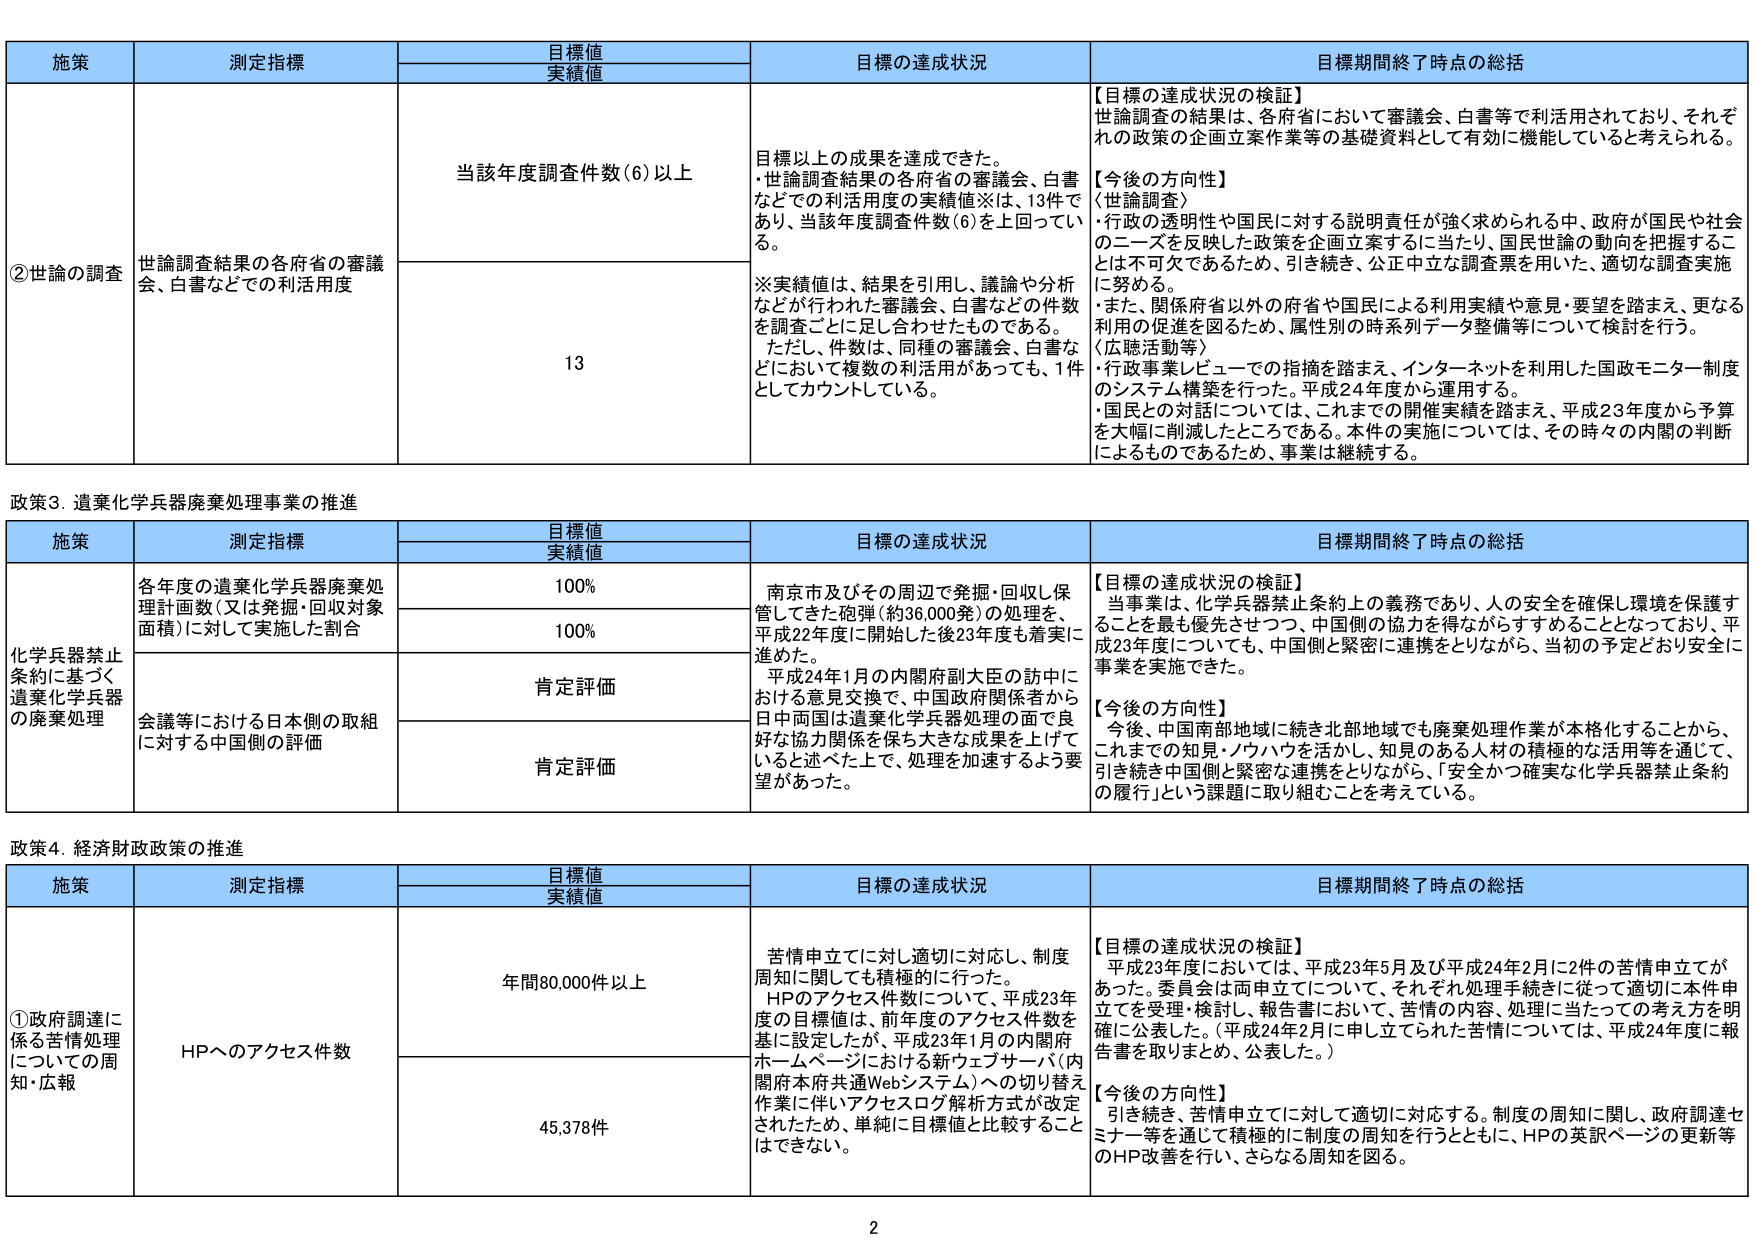
政策3．遺棄化学兵器廃棄処理事業の推進

施策 測定指標 目標値 実績値 目標の達成状況 目標期間終了時点の総括
化学兵器禁止条約に基づく遺棄化学兵器の廃棄処理 各年度の遺棄化学兵器廃棄処理計画数（又は発掘・回収対象面積）に対して実施した割合 100% 南京市及びその周辺で発掘・回収し保管してきた砲弾（約36,000発）の処理を、平成22年度に開始した後23年度も着実に進めた。 平成24年1月の内閣府副大臣の訪中における意見交換で、中国政府関係者から日中両国は遺棄化学兵器処理の面で良好な協力関係を保ち大きな成果を上げていると述べた上で、処理を加速するよう要望があった。 【目標の達成状況の検証】 当事業は、化学兵器禁止条約上の義務であり、人の安全を確保し環境を保護することを最も優先させつつ、中国側の協力を得ながらすすめることとなっており、平成23年度についても、中国側と緊密に連携をとりながら、当初の予定どおり安全に事業を実施できた。 【今後の方針】 今後、中国南部地域に続き北部地域でも廃棄処理作業が本格化することから、これまでの知見・ノウハウを活かし、知見のある人材の積極的な活用等を通じて、引き続き中国側と緊密な連携をとりながら、「安全かつ確実な化学兵器禁止条約の履行」という課題に取り組むことを考えている。 100% 会議等における日本側の取組に対する中国側の評価 肯定評価 肯定評価

政策4．経済財政政策の推進

施策 測定指標 目標値 実績値 目標の達成状況 目標期間終了時点の総括
①政府調達に係る苦情処理についての周知・広報 HPへのアクセス件数 年間80,000件以上 苦情申立てに対し適切に対応し、制度周知に関しても積極的に行った。 HPのアクセス件数について、平成23年度の目標値は、前年度のアクセス件数を基に設定したが、平成23年1月の内閣府ホームページにおける新ウェブサーバ（内閣府本府共通Webシステム）への切り替え作業に伴いアクセスログ解析方式が改定されたため、単純に目標値と比較することはできない。 【目標の達成状況の検証】 平成23年度においては、平成23年5月及び平成24年2月に2件の苦情申立てがあった。委員会は両申立てについて、それぞれ処理手続きに従って適切に本件申立てを受理・検討し、報告書において、苦情の内容、処理に当たっての考え方を明確に公表した。（平成24年2月に申し立てられた苦情については、平成24年度に報告書を取りまとめ、公表した。） 【今後の方針】 引き続き、苦情申立てに対して適切に対応する。制度の周知に関し、政府調達セミナー等を通じて積極的に制度の周知を行うとともに、HPの英訳ページの更新等のHP改善を行い、さらなる周知を図る。 45,378件

②世論の調査 世論調査結果の各府省の審議会、白書などでの利活用度 当該年度調査件数（6）以上 目標以上の成果を達成できた。 ・世論調査結果の各府省の審議会、白書などでの利活用度の実績値※は、13件であり、当該年度調査件数（6）を上回っている。 ※実績値は、結果を引用し、議論や分析などが行われた審議会、白書などの件数を調査ごとに足し合わせたものである。 ただし、件数は、同種の審議会、白書などにおいて複数の利活用があっても、1件としてカウントしている。 【目標の達成状況の検証】 世論調査の結果は、各府省において審議会、白書等で利活用されており、それぞれの政策の企画立案作業等の基礎資料として有効に機能していると考えられる。 【今後の方針】 〈世論調査〉 ・行政の透明性や国民に対する説明責任が強く求められる中、政府が国民や社会のニーズを反映した政策を企画立案するに当たり、国民世論の動向を把握することは不可欠であるため、引き続き、公正中立な調査票を用いた、適切な調査実施に努める。 ・また、関係府省以外の府省や国民による利用実績や意見・要望を踏まえ、更なる利用の促進を図るため、属性別の時系列データ整備等について検討を行う。 〈広聴活動等〉 ・行政事業レビューでの指摘を踏まえ、インターネットを利用した国政モニター制度のシステム構築を行った。平成24年度から運用する。 ・国民との対話については、これまでの開催実績を踏まえ、平成23年度から予算を大幅に削減したところである。本件の実施については、その時々の内閣の判断によるものであるため、事業は継続する。 13